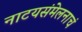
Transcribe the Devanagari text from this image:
नाटयसंमेलनाचं